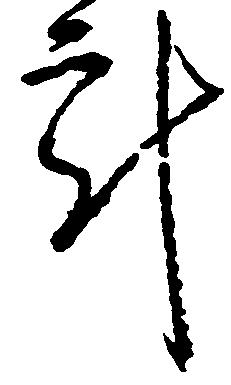
計